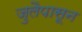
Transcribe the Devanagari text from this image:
जुलैपासून